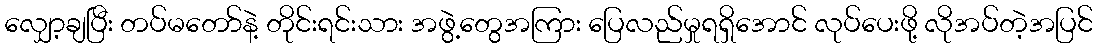
လျှော့ချပြီး တပ်မတော်နဲ့ တိုင်းရင်းသား အဖွဲ့တွေအကြား ပြေလည်မှုရရှိအောင် လုပ်ပေးဖို့ လိုအပ်တဲ့အပြင်